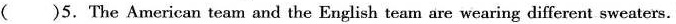
()5. The American team and the English team are wearing different sweaters.